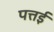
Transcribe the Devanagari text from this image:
पत्तई